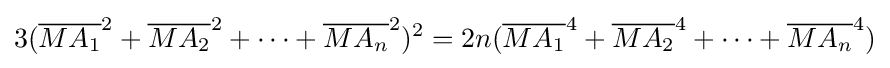
3({\overline {MA_{1}}}^{2}+{\overline {MA_{2}}}^{2}+\dots +{\overline {MA_{n}}}^{2})^{2}=2n({\overline {MA_{1}}}^{4}+{\overline {MA_{2}}}^{4}+\dots +{\overline {MA_{n}}}^{4})